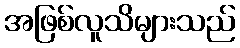
အဖြစ်လူသိများသည်